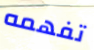
تفهمه